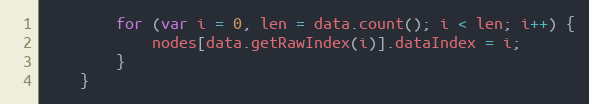
Language: JavaScript
        for (var i = 0, len = data.count(); i < len; i++) {
            nodes[data.getRawIndex(i)].dataIndex = i;
        }
    }